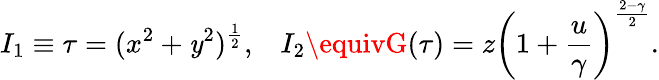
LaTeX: I_{1}\equiv\tau=(x^{2}+\mathit{y}^{2})^{\frac{{1}}{{2}}},\; \; \; I_{2}\equivG(\tau)=z\left(1+{\frac{{u}}{{\gamma}}}\right)^{\frac{{2-\gamma}}{{2}}}.